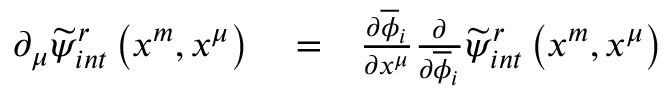
\begin{array} { r l r } { \partial _ { \mu } \widetilde { \psi } _ { i n t } ^ { r } \left( x ^ { m } , x ^ { \mu } \right) } & { { } = } & { \frac { \partial \overline { { \phi } } _ { i } } { \partial x ^ { \mu } } \frac { \partial } { \partial \overline { { \phi } } _ { i } } \widetilde { \psi } _ { i n t } ^ { r } \left( x ^ { m } , x ^ { \mu } \right) } \end{array}